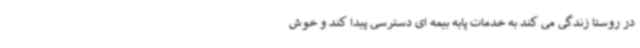
در روستا زندگی می کند به خدمات پایه بیمه ای دسترسی پیدا کند و خوش